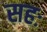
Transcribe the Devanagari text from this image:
सहः